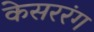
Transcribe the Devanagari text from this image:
केसररंग